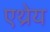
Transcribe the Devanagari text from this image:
एथ्रेय